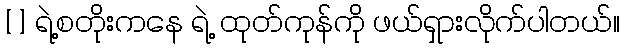
[ ] ရဲ့စတိုးကနေ ရဲ့ ထုတ်ကုန်ကို ဖယ်ရှားလိုက်ပါတယ်။